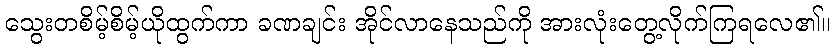
သွေးတစိမ့်စိမ့်ယိုထွက်ကာ ခဏချင်း အိုင်လာနေသည်ကို အားလုံးတွေ့လိုက်ကြရလေ၏။